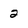
Character: 2